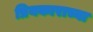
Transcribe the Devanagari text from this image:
प्रियकाराच्या